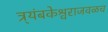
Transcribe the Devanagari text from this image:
त्र्यंबकेश्वराजवळच